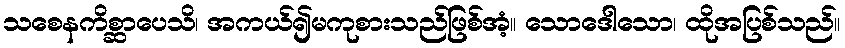
သစေနကိစ္ဆာပေသိ၊ အကယ်၍မကုစားသည်ဖြစ်အံ့။ သောဒေါသော၊ ထိုအပြစ်သည်။